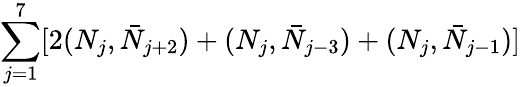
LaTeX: \sum_{j=1}^{7}[2(N_{j},\bar{N}_{j+2})+(N_{j},\bar{N}_{j-3})+(N_{j},\bar{N}_{j-1})]